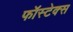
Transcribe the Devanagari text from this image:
फॉस्टेक्स